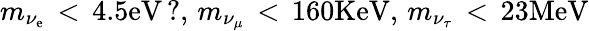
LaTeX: m_{\nu_{\mathrm{e}}}\, <\, 4.5\mathrm{{\mathrm{e}V}}\, ?,\, m_{\nu_{\mu}}\, <\, 160\mathrm{{K\mathrm{e}V}},\, m_{\nu_{\tau}}\, <\, 23\mathrm{{M\mathrm{e}V}}